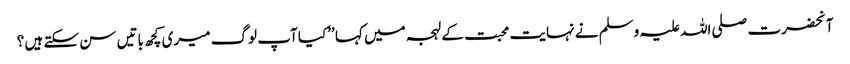
آنحضرت صلی اللہ علیہ وسلم نے نہایت محبت کے لہجہ میں کہا ’’کیا آپ لوگ میری کچھ باتیں سن سکتے ہیں ؟